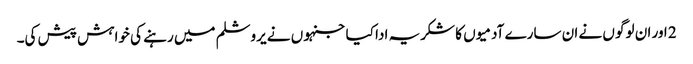
2 اور ان لوگو ں نے ان سارے آدمیو ں کا شکریہ ادا کیا جنہو ں نے یروشلم میں رہنے کی خواہش پیش کی۔